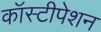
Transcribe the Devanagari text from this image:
कॉस्टीपेशन